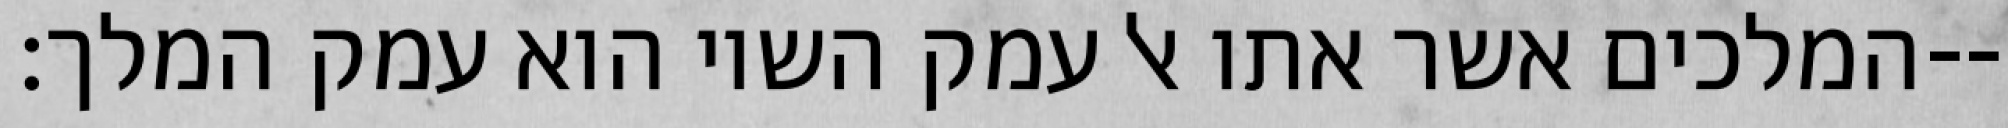
המלכים אשר אתו אל עמק השוי הוא עמק המלך׃--